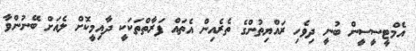
އެމްޓީސީސީން ބުނީ ދިވެހި ރައްޔިތުންގެ ތެރެއިން އެތައް ފަރާތްތަކަކީ ދާއިމީކޮށް ލެއަށް ބޭނުންވާ